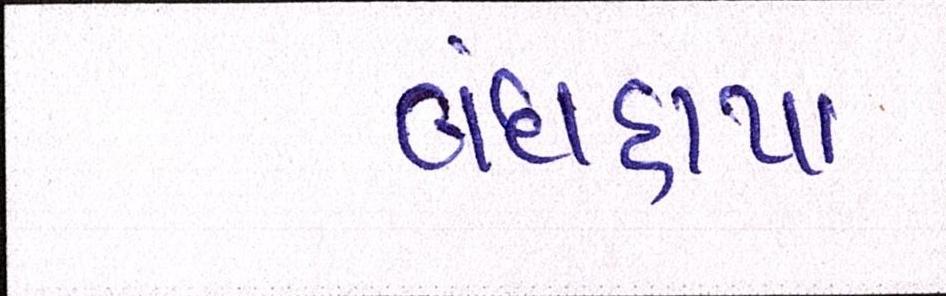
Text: બંધહાપા